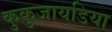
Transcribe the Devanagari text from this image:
कुकुजायडिया